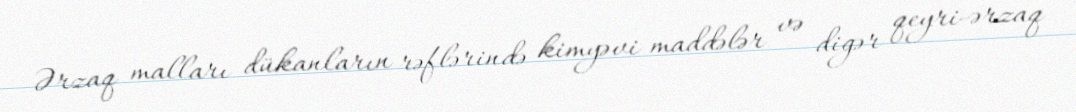
Ərzaq malları dükanların rəflərində kimyəvi maddələr və digər qeyri-ərzaq